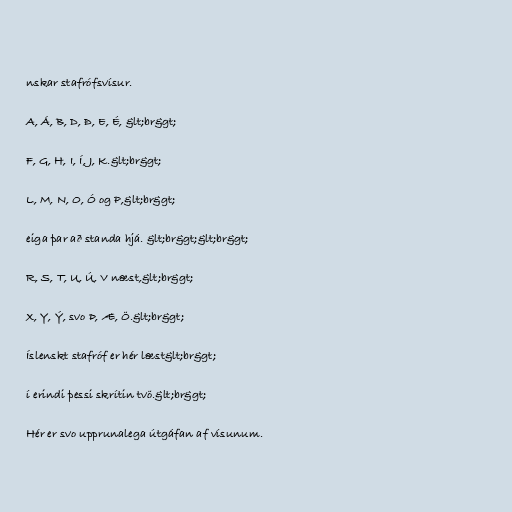
nskar stafrófsvísur.

A, Á, B, D, Ð, E, É, &lt;br&gt;

F, G, H, I, Í, J, K.&lt;br&gt;

L, M, N, O, Ó og P,&lt;br&gt;

eiga þar að standa hjá. &lt;br&gt;&lt;br&gt;

R, S, T, U, Ú, V næst,&lt;br&gt;

X, Y, Ý, svo Þ, Æ, Ö.&lt;br&gt;

Íslenskt stafróf er hér læst&lt;br&gt;

í erindi þessi skrítin tvö.&lt;br&gt;

Hér er svo upprunalega útgáfan af vísunum.